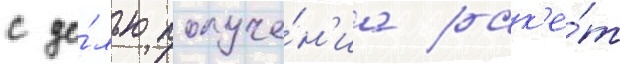
с це́лью получе́н'иа рак'е́т